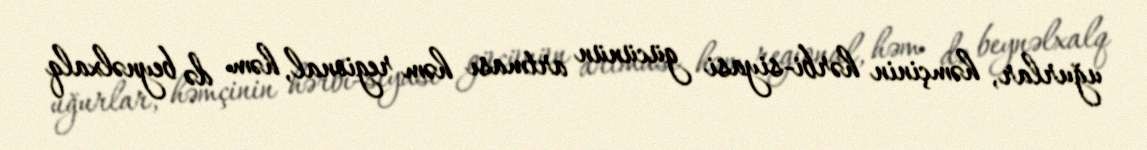
uğurlar, həmçinin hərbi-siyasi gücünün artması həm regional, həm də beynəlxalq